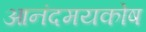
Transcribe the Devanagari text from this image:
आनंदमयकोष